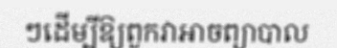
ៗដើម្បីឱ្យពួកវាអាចព្យាបាល